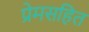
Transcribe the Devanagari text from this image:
प्रेमसहित